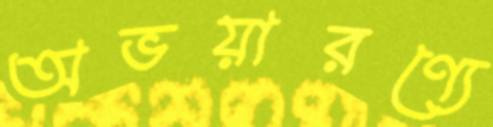
অভয়ারণ্যে